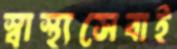
স্বাস্থ্যসেবাই